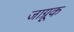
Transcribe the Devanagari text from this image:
जाग्रूक